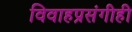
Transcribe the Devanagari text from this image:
विवाहप्रसंगीही